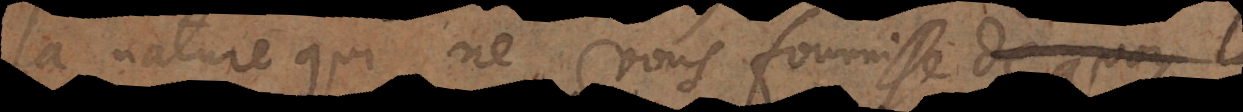
la nature qui ne vous fournisse de quoy